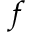
f